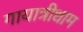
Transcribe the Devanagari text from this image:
गायात्रीधाम